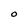
Character: O